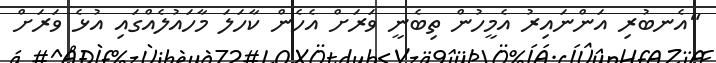
"އެނބުރި އަންނައިރު އެމީހުން ތިބެނީ ވަރަށް އެހެން ކާހަލަ މާހައުލެއްގައި އުޅެ ވަރަށް